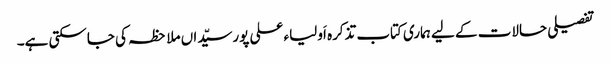
تفصیلی حالات کے لیے ہماری کتاب تذکرہ اَولیاء علی پورسیّداں ملاحظہ کی جاسکتی ہے۔